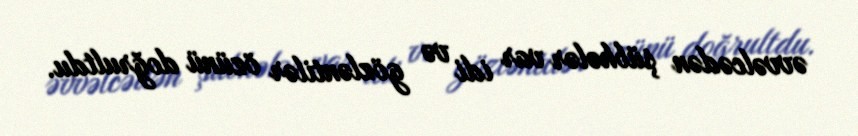
əvvəlcədən şübhələr var idi və gözləntilər özünü doğrultdu.